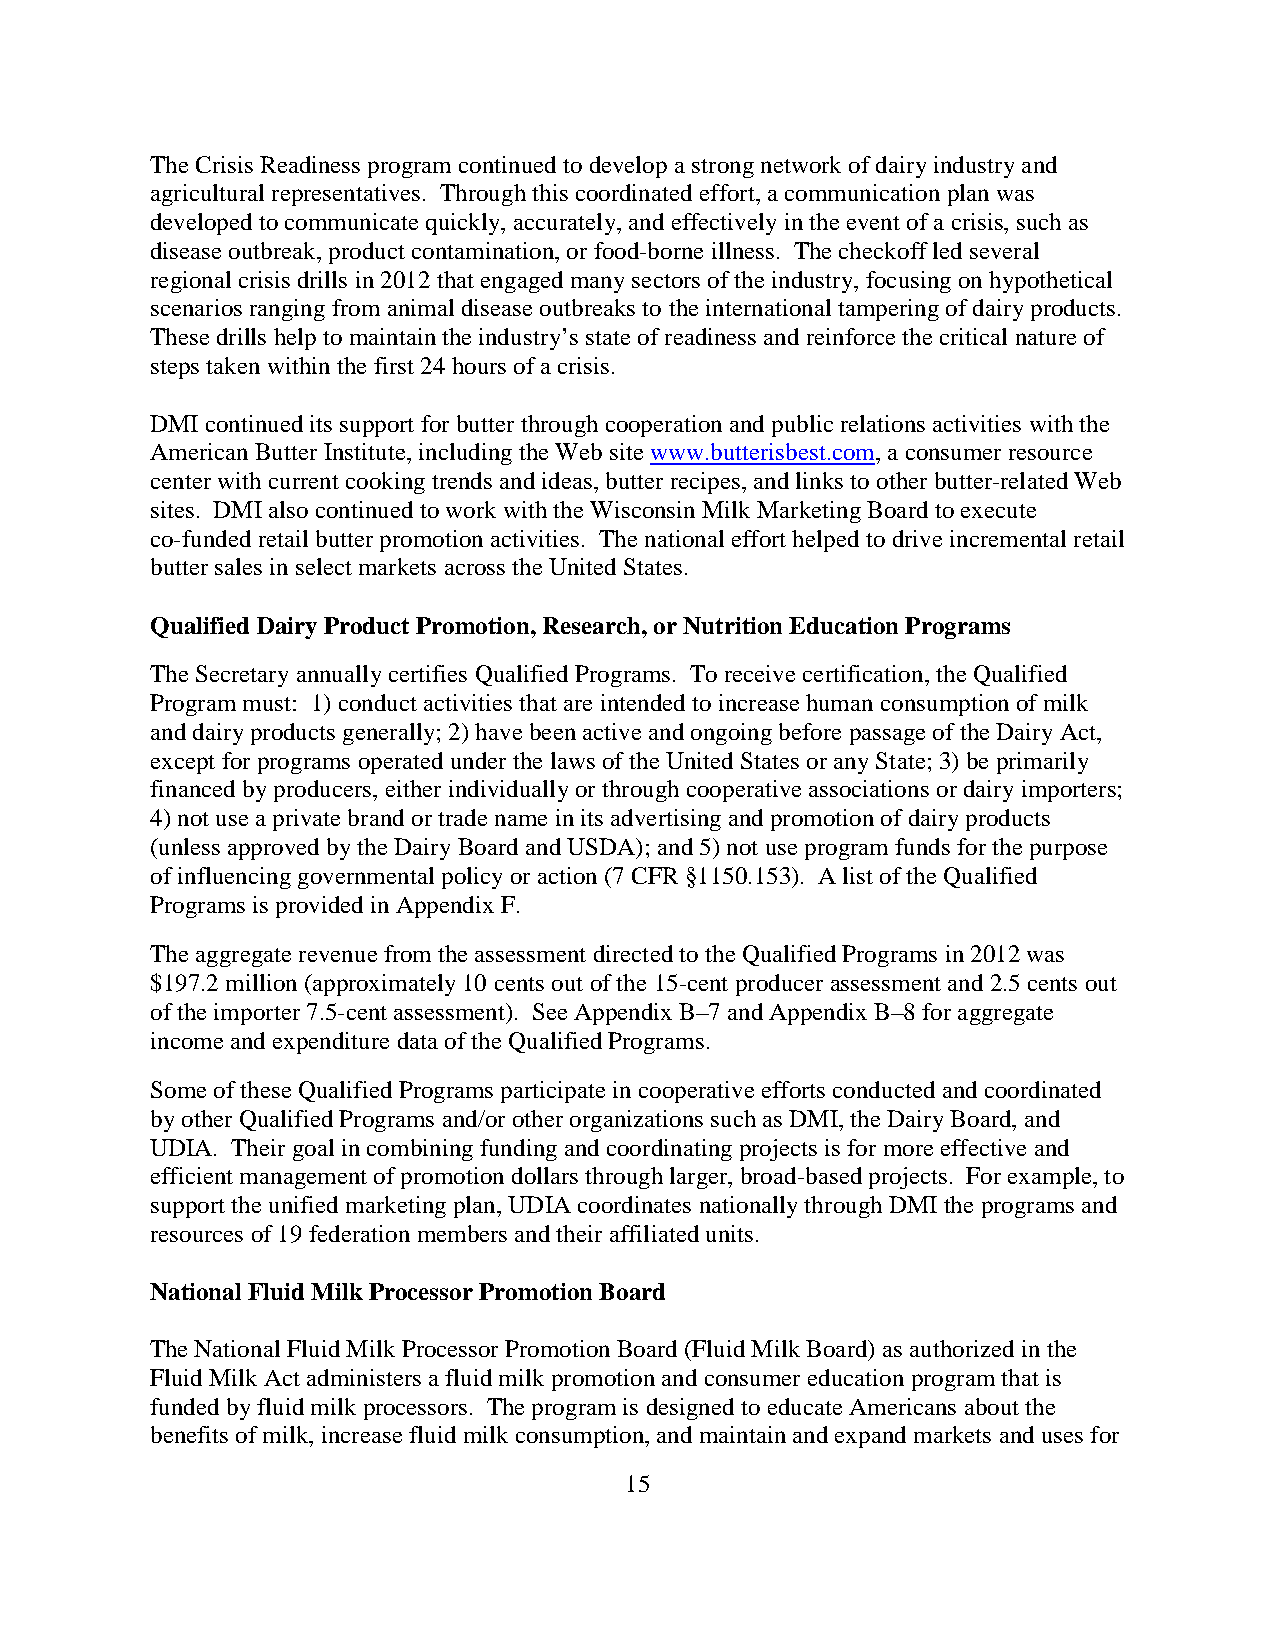
The Crisis Readiness program continued to develop a strong network of dairy industry and
 agricultural representatives. Through this coordinated effort, a communication plan was
 developed to communicate quickly, accurately, and effectively in the event of a crisis, such as
 disease outbreak, product contamination, or food-borne illness. The checkoff led several
 regional crisis drills in 2012 that engaged many sectors of the industry, focusing on hypothetical
 scenarios ranging from animal disease outbreaks to the international tampering of dairy products.
 These drills help to maintain the industry’s state of readiness and reinforce the critical nature of
 steps taken within the first 24 hours of a crisis.
 DMI continued its support for butter through cooperation and public relations activities with the
 American Butter Institute, including the Web site www.butterisbest.com, a consumer resource
 center with current cooking trends and ideas, butter recipes, and links to other butter-related Web
 sites. DMI also continued to work with the Wisconsin Milk Marketing Board to execute
 co-funded retail butter promotion activities. The national effort helped to drive incremental retail
 butter sales in select markets across the United States.
 Qualified Dairy Product Promotion, Research, or Nutrition Education Programs
 The Secretary annually certifies Qualified Programs. To receive certification, the Qualified
 Program must: 1) conduct activities that are intended to increase human consumption of milk
 and dairy products generally; 2) have been active and ongoing before passage of the Dairy Act,
 except for programs operated under the laws of the United States or any State; 3) be primarily
 financed by producers, either individually or through cooperative associations or dairy importers;
 4) not use a private brand or trade name in its advertising and promotion of dairy products
 (unless approved by the Dairy Board and USDA); and 5) not use program funds for the purpose
 of influencing governmental policy or action (7 CFR §1150.153). A list of the Qualified
 Programs is provided in Appendix F.
 The aggregate revenue from the assessment directed to the Qualified Programs in 2012 was
 $197.2 million (approximately 10 cents out of the 15-cent producer assessment and 2.5 cents out
 of the importer 7.5-cent assessment). See Appendix B–7 and Appendix B–8 for aggregate
 income and expenditure data of the Qualified Programs.
 Some of these Qualified Programs participate in cooperative efforts conducted and coordinated
 by other Qualified Programs and/or other organizations such as DMI, the Dairy Board, and
 UDIA. Their goal in combining funding and coordinating projects is for more effective and
 efficient management of promotion dollars through larger, broad-based projects. For example, to
 support the unified marketing plan, UDIA coordinates nationally through DMI the programs and
 resources of 19 federation members and their affiliated units.
 National Fluid Milk Processor Promotion Board
 The National Fluid Milk Processor Promotion Board (Fluid Milk Board) as authorized in the
 Fluid Milk Act administers a fluid milk promotion and consumer education program that is
 funded by fluid milk processors. The program is designed to educate Americans about the
 benefits of milk, increase fluid milk consumption, and maintain and expand markets and uses for
 15